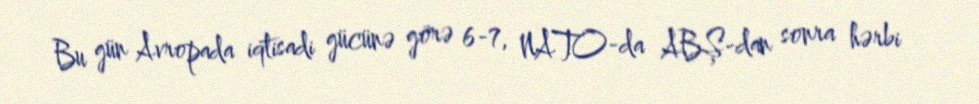
Bu gün Avropada iqtisadi gücünə görə 6-7, NATO-da ABŞ-dan sonra hərbi